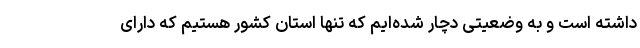
داشته است و به وضعیتی دچار شده‌ایم که تنها استان کشور هستیم که دارای